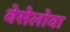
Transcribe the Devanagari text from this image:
वेसेलोवा